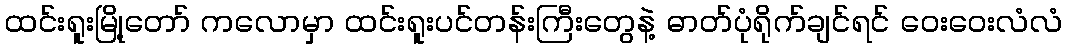
ထင်းရူးမြို့တော် ကလောမှာ ထင်းရူးပင်တန်းကြီးတွေနဲ့ ဓာတ်ပုံရိုက်ချင်ရင် ဝေးဝေးလံလံ